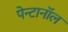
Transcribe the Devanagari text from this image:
पेन्टानॉल